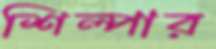
শিল্পার